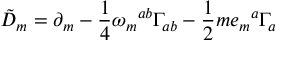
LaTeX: { \tilde { D } } _ { m } = \partial _ { m } - \frac { 1 } { 4 } \omega _ { m } { } ^ { a b } \Gamma _ { a b } - \frac { 1 } { 2 } m e _ { m } { } ^ { a } \Gamma _ { a }